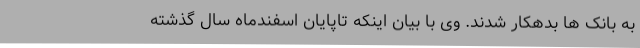
به بانک ها بدهکار شدند. وی با بیان اینکه تاپایان اسفندماه سال گذشته